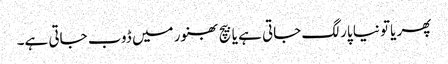
پھر یاتو نیا پار لگ جاتی ہے یا بیچ بھنور میں ڈوب جاتی ہے۔